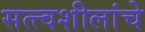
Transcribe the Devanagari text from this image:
सत्त्वशीलांचे